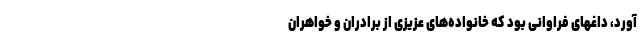
آورد، داغهای فراوانی بود که خانواده‌های عزیزی از برادران و خواهران